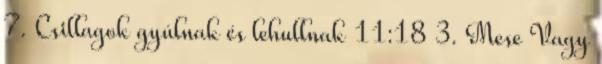
7. Csillagok gyúlnak és lehullnak 11:18 3. Mese Vagy